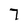
Character: 7